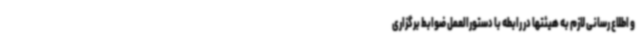
و اطلاع رسانی لازم به هیئتها در رابطه با دستورالعمل ضوابط برگزاری